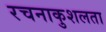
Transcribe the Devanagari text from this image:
रचनाकुशलता